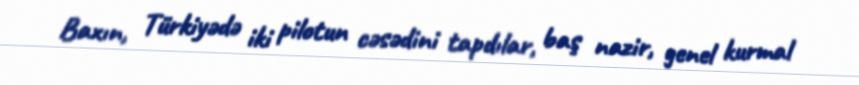
Baxın, Türkiyədə iki pilotun cəsədini tapdılar, baş nazir, genel kurmal